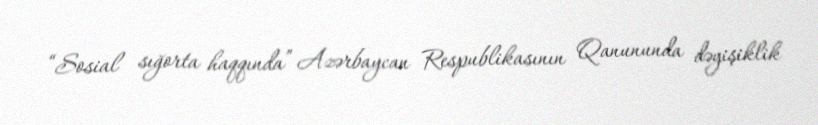
“Sosial sığorta haqqında” Azərbaycan Respublikasının Qanununda dəyişiklik